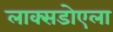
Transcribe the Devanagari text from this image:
लाक्सडोएला